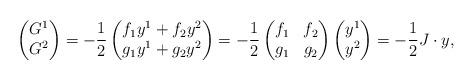
LaTeX: \begin{align*}\begin{pmatrix}G^{1} \\G^{2}\end{pmatrix}=-\frac{1}{2}\begin{pmatrix}f_{1}y^{1}+f_{2}y^{2} \\g_{1}y^{1}+g_{2}y^{2}\end{pmatrix}=-\frac{1}{2}\begin{pmatrix}f_{1} & f_{2} \\g_{1} & g_{2}\end{pmatrix}\begin{pmatrix}y^{1} \\y^{2}\end{pmatrix}=-\frac{1}{2}J\cdot y,\end{align*}